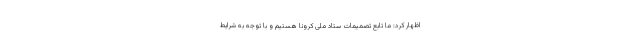
اظهار کرد: ما تابع تصمیمات ستاد ملی کرونا هستیم و با توجه به شرایط